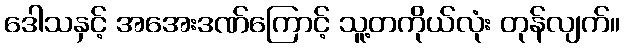
ဒေါသနှင့် အအေးဒဏ်ကြောင့် သူ့တကိုယ်လုံး တုန်လျက်။